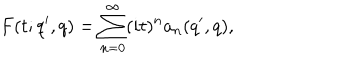
F ( t ; q ^ { \prime } , q ) = \sum _ { n = 0 } ^ { \infty } ( i t ) ^ { n } a _ { n } ( q ^ { \prime } , q ) ,